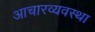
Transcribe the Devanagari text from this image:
आचारव्यवस्था